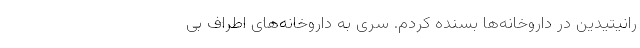
رانیتیدین در داروخانه‌ها بسنده کردم. سری به داروخانه‌های اطراف بی